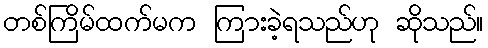
တစ်ကြိမ်ထက်မက ကြားခဲ့ရသည်ဟု ဆိုသည်။